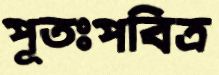
পূতঃপবিত্র